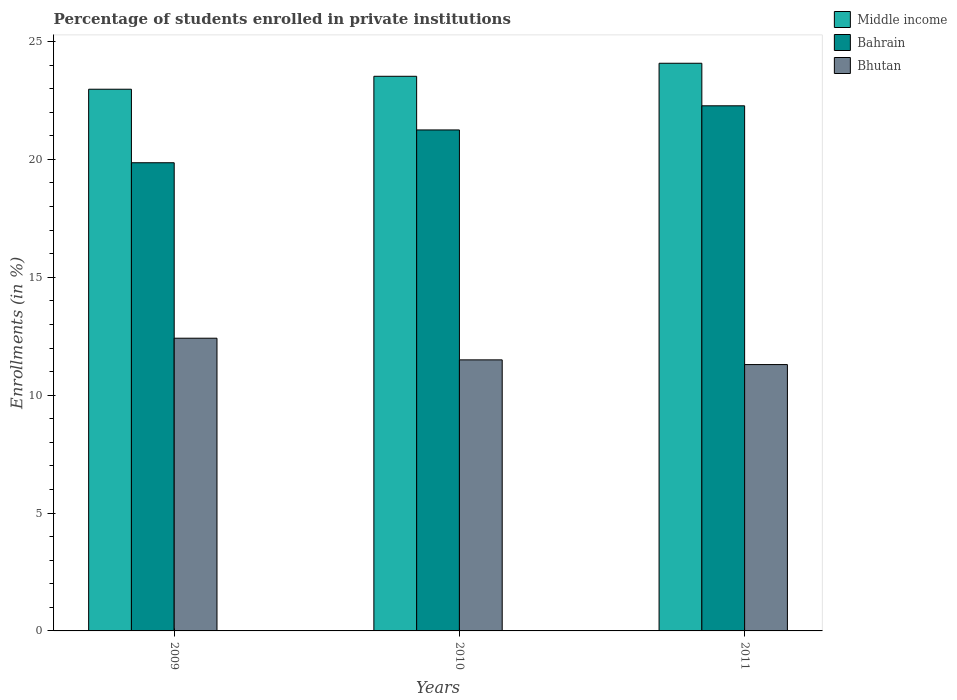
| Years | Middle income | Bahrain | Bhutan |
 | --- | --- | --- | --- |
 | 2009 | 23 | 19.9 | 12.4 |
 | 2010 | 23.5 | 21.2 | 11.5 |
 | 2011 | 24.1 | 22.3 | 11.3 |